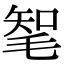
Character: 㲛